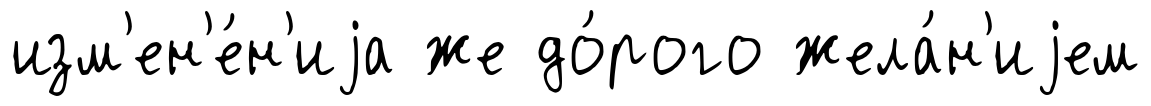
изм'ен'е́н'иjа же до́рого жела́н'иjем